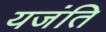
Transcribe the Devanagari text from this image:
यजंति